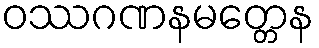
ဝဿဂဏနမတ္တေန